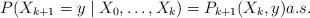
LaTeX: \begin{align*}P(X_{k+1}=y\mid X_0,\ldots,X_k) = P_{k+1}(X_k,y) a.s.\end{align*}